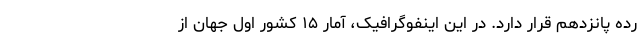
رده پانزدهم قرار دارد. در این اینفوگرافیک، آمار ۱۵ کشور اول جهان از